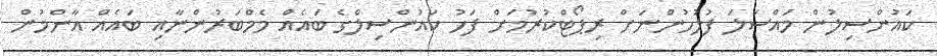
ކައުންސިލުން މައްސަލަ ފުލުހުންނަށް ރިޕޯޓްކުރުމަށް ފަހު ކައުންސިލްގެ ބައެއް މެމްބަރުންނާއި ބައެއް އާންމުން